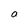
Character: b